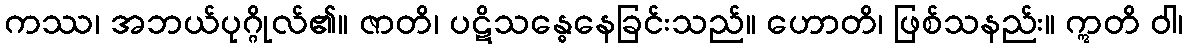
ကဿ၊ အဘယ်ပုဂ္ဂိုလ်၏။ ဇာတိ၊ ပဋိသန္ဓေနေခြင်းသည်။ ဟောတိ၊ ဖြစ်သနည်း။ ဣတိ ဝါ၊